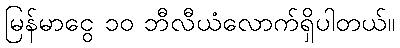
မြန်မာငွေ ၁၀ ဘီလီယံလောက်ရှိပါတယ်။